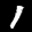
Label: 1